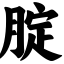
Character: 腚